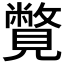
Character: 𧢍